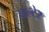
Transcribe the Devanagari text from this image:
वाल्टेर